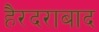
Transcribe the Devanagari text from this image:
हैरदराबाद